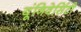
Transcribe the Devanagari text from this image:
यूंनिवेर्सिटी